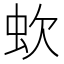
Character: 㰩